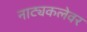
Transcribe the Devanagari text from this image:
नाट्यकलेवर